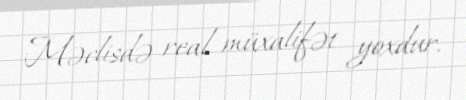
Məclisdə real müxalifət yoxdur.